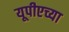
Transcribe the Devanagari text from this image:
यूपीएच्या